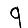
Digit: 9